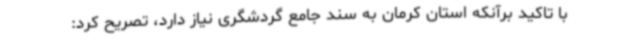
با تاکید برآنکه استان کرمان به سند جامع گردشگری نیاز دارد، تصریح کرد: